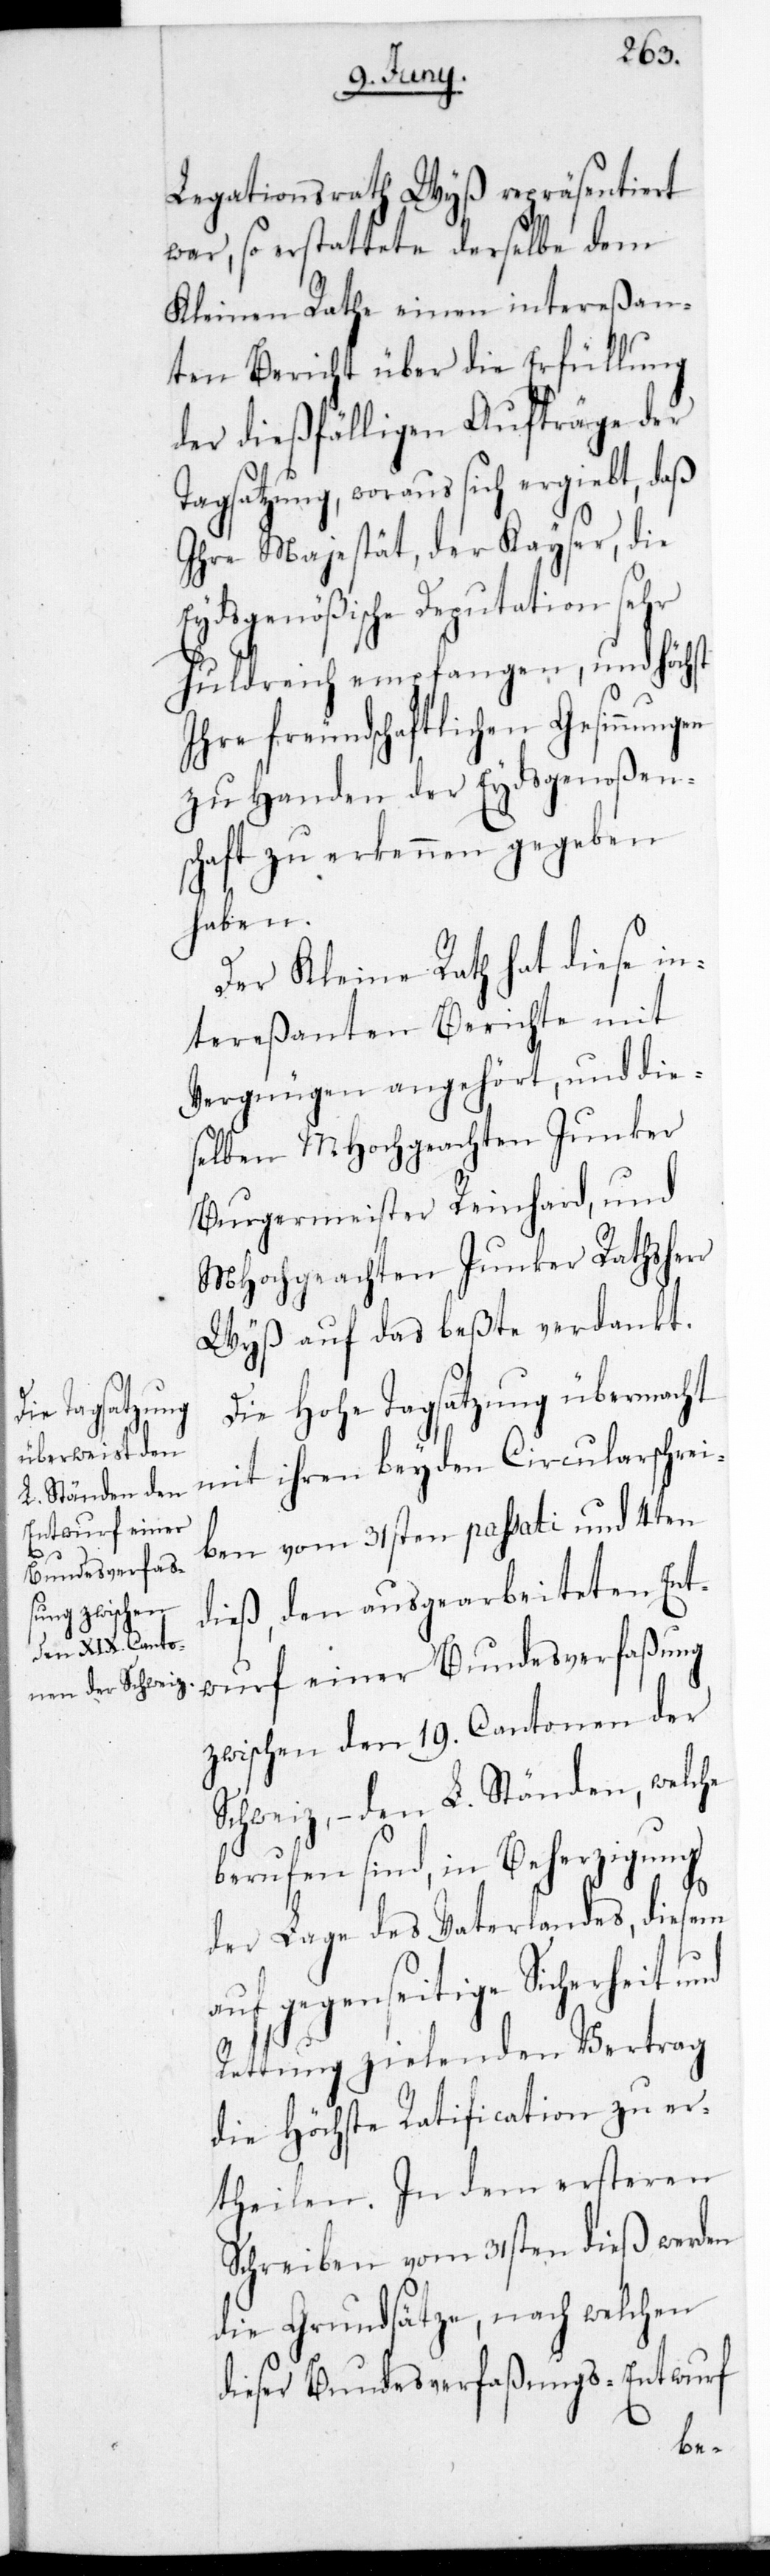
Legationsrath Wyß repräsentiert
war, so erstattete derselbe dem
Kleinen Rathe einen intereßan¬
ten Bericht über die Erfüllung
der dießfälligen Aufträge der
Tagsatzung, woraus sich ergibt, daß
ihre Majestät der Kayser, die
Eydsgenößische Deputation sehr
huldreych empfangen, und Höchst
ihre freundschaftlichen Gesinnungen
zu Handen der Eydsgenoßens¬
chaft zu erkennen gegeben
haben.
Der Kleine Rath hat diese in¬
tereßanten Berichte mit
Vergnügen angehört, und die¬
selben MHochgeachten Junker
Burgermeister Reinhard und
MHochgeachten Junker Rathsherr
Wyß auf das Beßte verdankt.
Die Hohe Tagsatzung übermacht
mit ihren beyden Circularschrei¬
ben vom 31sten passati und 4ten
dieß, den ausgearbeiteten Ent¬
wurf einer Bundesverfaßung
zwischen den 19. Cantonen der
Schweiz, – den L. Ständen, welche
berufen sind, in Beherzigung
der Lage des Vaterlandes, diesem
auf gegenseitige Sicherheit und
Rettung zielenden Vertrag
die Höchste Ratification zu er¬
theilen. In dem ersteren
Schreiben vom 31sten dieß werden
die Grundsätze, nach welchen
dieser Bundesverfaßungs-Entwurf